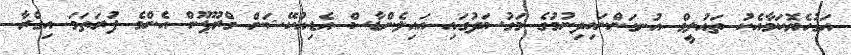
އަގުހެޔޮކަމާއެކު ތައުލީމް އުނގަންނައިދިނުމުގެ މަގުސަދުގައި އައިލެންޑާސް އެޑިއުކޭޝަން ގްރޫޕޫން އެންމެ ފުރަތަމަ އިގްރާ